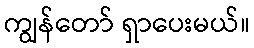
ကျွန်တော် ရှာပေးမယ်။